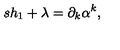
s h _ { 1 } + \lambda = \partial _ { k } \alpha ^ { k } ,